Plague in India, 1896, 1897 - Volume 1
Year: 1896
Disease focus: Plague
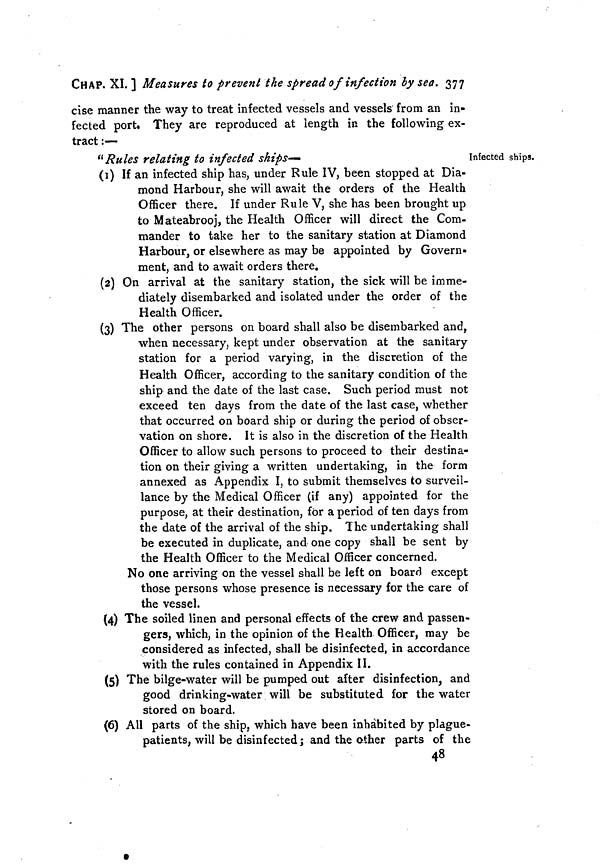
CHAP. XI.] Measures to prevent the spread of infection by sea. 377
cise manner the way to treat infected vessels and vessels from an in-
fected port. They are reproduced at length in the following ex-
tract :—
Infected ships.
"Rules relating to infected skips—
(1) If an infected ship has, under Rule IV, been stopped at Dia-
mond Harbour, she will await the orders of the Health
Officer there. If under Rule V, she has been brought up
to Mateabrooj, the Health Officer will direct the Com-
mander to take her to the sanitary station at Diamond
Harbour, or elsewhere as may be appointed by Govern-
ment, and to await orders there.
(2) On arrival at the sanitary station, the sick will be imme-
diately disembarked and isolated under the order of the
Health Officer.
(3) The other persons on board shall also be disembarked and,
when necessary, kept under observation at the sanitary
station for a period varying, in the discretion of the
Health Officer, according to the sanitary condition of the
ship and the date of the last case. Such period must not
exceed ten days from the date of the last case, whether
that occurred on board ship or during the period of obser-
vation on shore. It is also in the discretion of the Health
Officer to allow such persons to proceed to their destina-
tion on their giving a written undertaking, in the form
annexed as Appendix I, to submit themselves to surveil-
lance by the Medical Officer (if any) appointed for the
purpose, at their destination, for a period of ten days from
the date of the arrival of the ship. The undertaking shall
be executed in duplicate, and one copy shall be sent by
the Health Officer to the Medical Officer concerned.
No one arriving on the vessel shall be left on board except
those persons whose presence is necessary for the care of
the vessel.
(4) The soiled linen and personal effects of the crew and passen-
gers, which, in the opinion of the Health Officer, may be
considered as infected, shall be disinfected, in accordance
with the rules contained in Appendix II.
(5) The bilge-water will be pumped out after disinfection, and
good drinking-water will be substituted for the water
stored on board.
(6) All parts of the ship, which have been inhabited by plague-
patients, will be disinfected; and the other parts of the
48